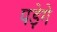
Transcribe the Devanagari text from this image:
पडे़गे